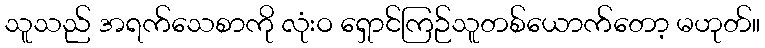
သူသည် အရက်သေစာကို လုံးဝ ရှောင်ကြဉ်သူတစ်ယောက်တော့ မဟုတ်။